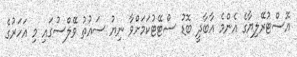
އޮސްޓުރޭލިޔާގެ އެންމެ އާބާދީ ބޮޑު ސްޓޭޓުކަމަށްވާ ނިޔު ސައުތު ވޭލްސުގައި މި އަހަރުގެ